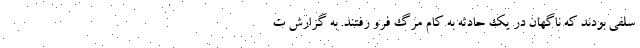
سلفی بودند که ناگهان در یک حادثه به کام مرگ فرو رفتند. به گزارش ت